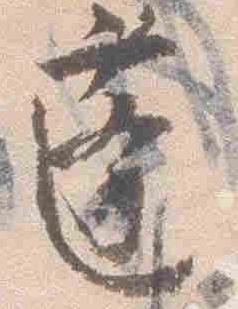
蓬